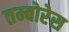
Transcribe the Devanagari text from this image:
तम्बोरेस